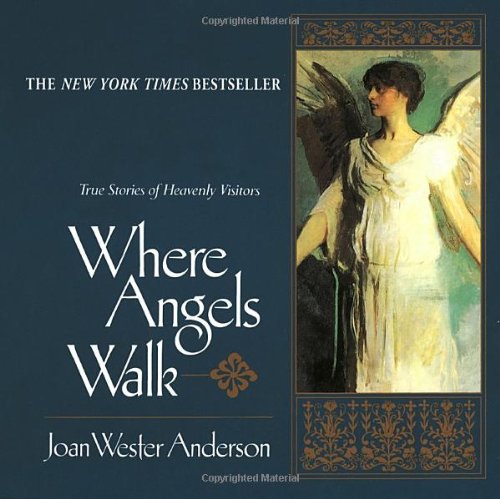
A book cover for Where Angels Walk; Joan Wester Anderson; Christian Books & Bibles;